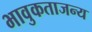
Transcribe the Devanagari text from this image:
भावुकताजन्य